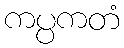
ကပ္ပကတံ